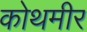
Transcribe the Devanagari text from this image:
कोथमीर